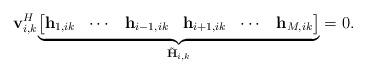
LaTeX: \begin{align*}\mathbf{v}_{i,k}^H\underset{\tilde{\mathbf{H}}_{i,k}}{\underbrace{\begin{bmatrix} \mathbf{h}_{1,ik}&\cdots &\mathbf{h}_{i-1,ik}&\mathbf{h}_{i+1,ik}&\cdots&\mathbf{h}_{M,ik}\end{bmatrix}}}=0.\end{align*}